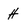
Character: h